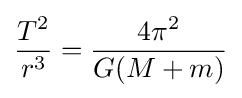
{\frac {T^{2}}{r^{3}}}={\frac {4\pi ^{2}}{G(M+m)}}